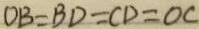
O B = B D = C D = O C